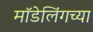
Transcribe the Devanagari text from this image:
मॉडेलिंगच्या